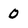
Character: 0